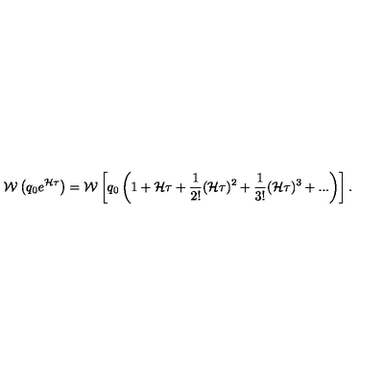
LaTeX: { \cal W } \left( q _ { 0 } e ^ { { \cal H } \tau } \right) = { \cal W } \left[ q _ { 0 } \left( 1 + { { \cal H } \tau } + { \frac { 1 } { 2 ! } } ( { \cal H } \tau ) ^ { 2 } + { \frac { 1 } { 3 ! } } ( { \cal H } \tau ) ^ { 3 } + . . . \right) \right] .